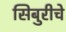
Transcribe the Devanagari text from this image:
सिबुरीचे